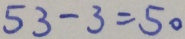
5 3 - 3 = 5 0